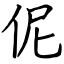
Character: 伲